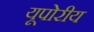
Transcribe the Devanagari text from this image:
यूपोरीय